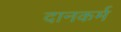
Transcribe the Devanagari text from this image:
दानकर्म